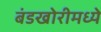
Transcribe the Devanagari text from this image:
बंडखोरीमध्ये